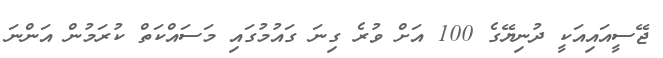
ޖޭސީއައިއަކީ ދުނިޔޭގެ 100 އަށް ވުރެ ގިނަ ގައުމުގައި މަސައްކަތް ކުރަމުން އަންނަ